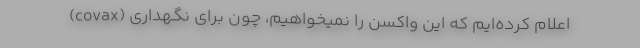
(covax) اعلام کرده‌ایم که این واکسن را نمیخواهیم، چون برای نگهداری